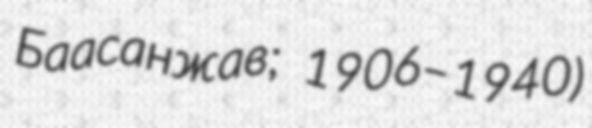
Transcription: Баасанжав; 1906–1940)